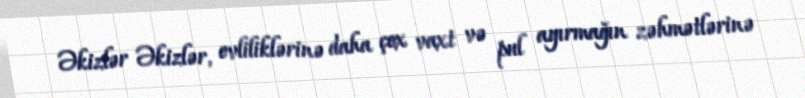
Əkizlər Əkizlər, evliliklərinə daha çox vaxt və pul ayırmağın zəhmətlərinə